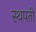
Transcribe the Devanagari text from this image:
स्थपती